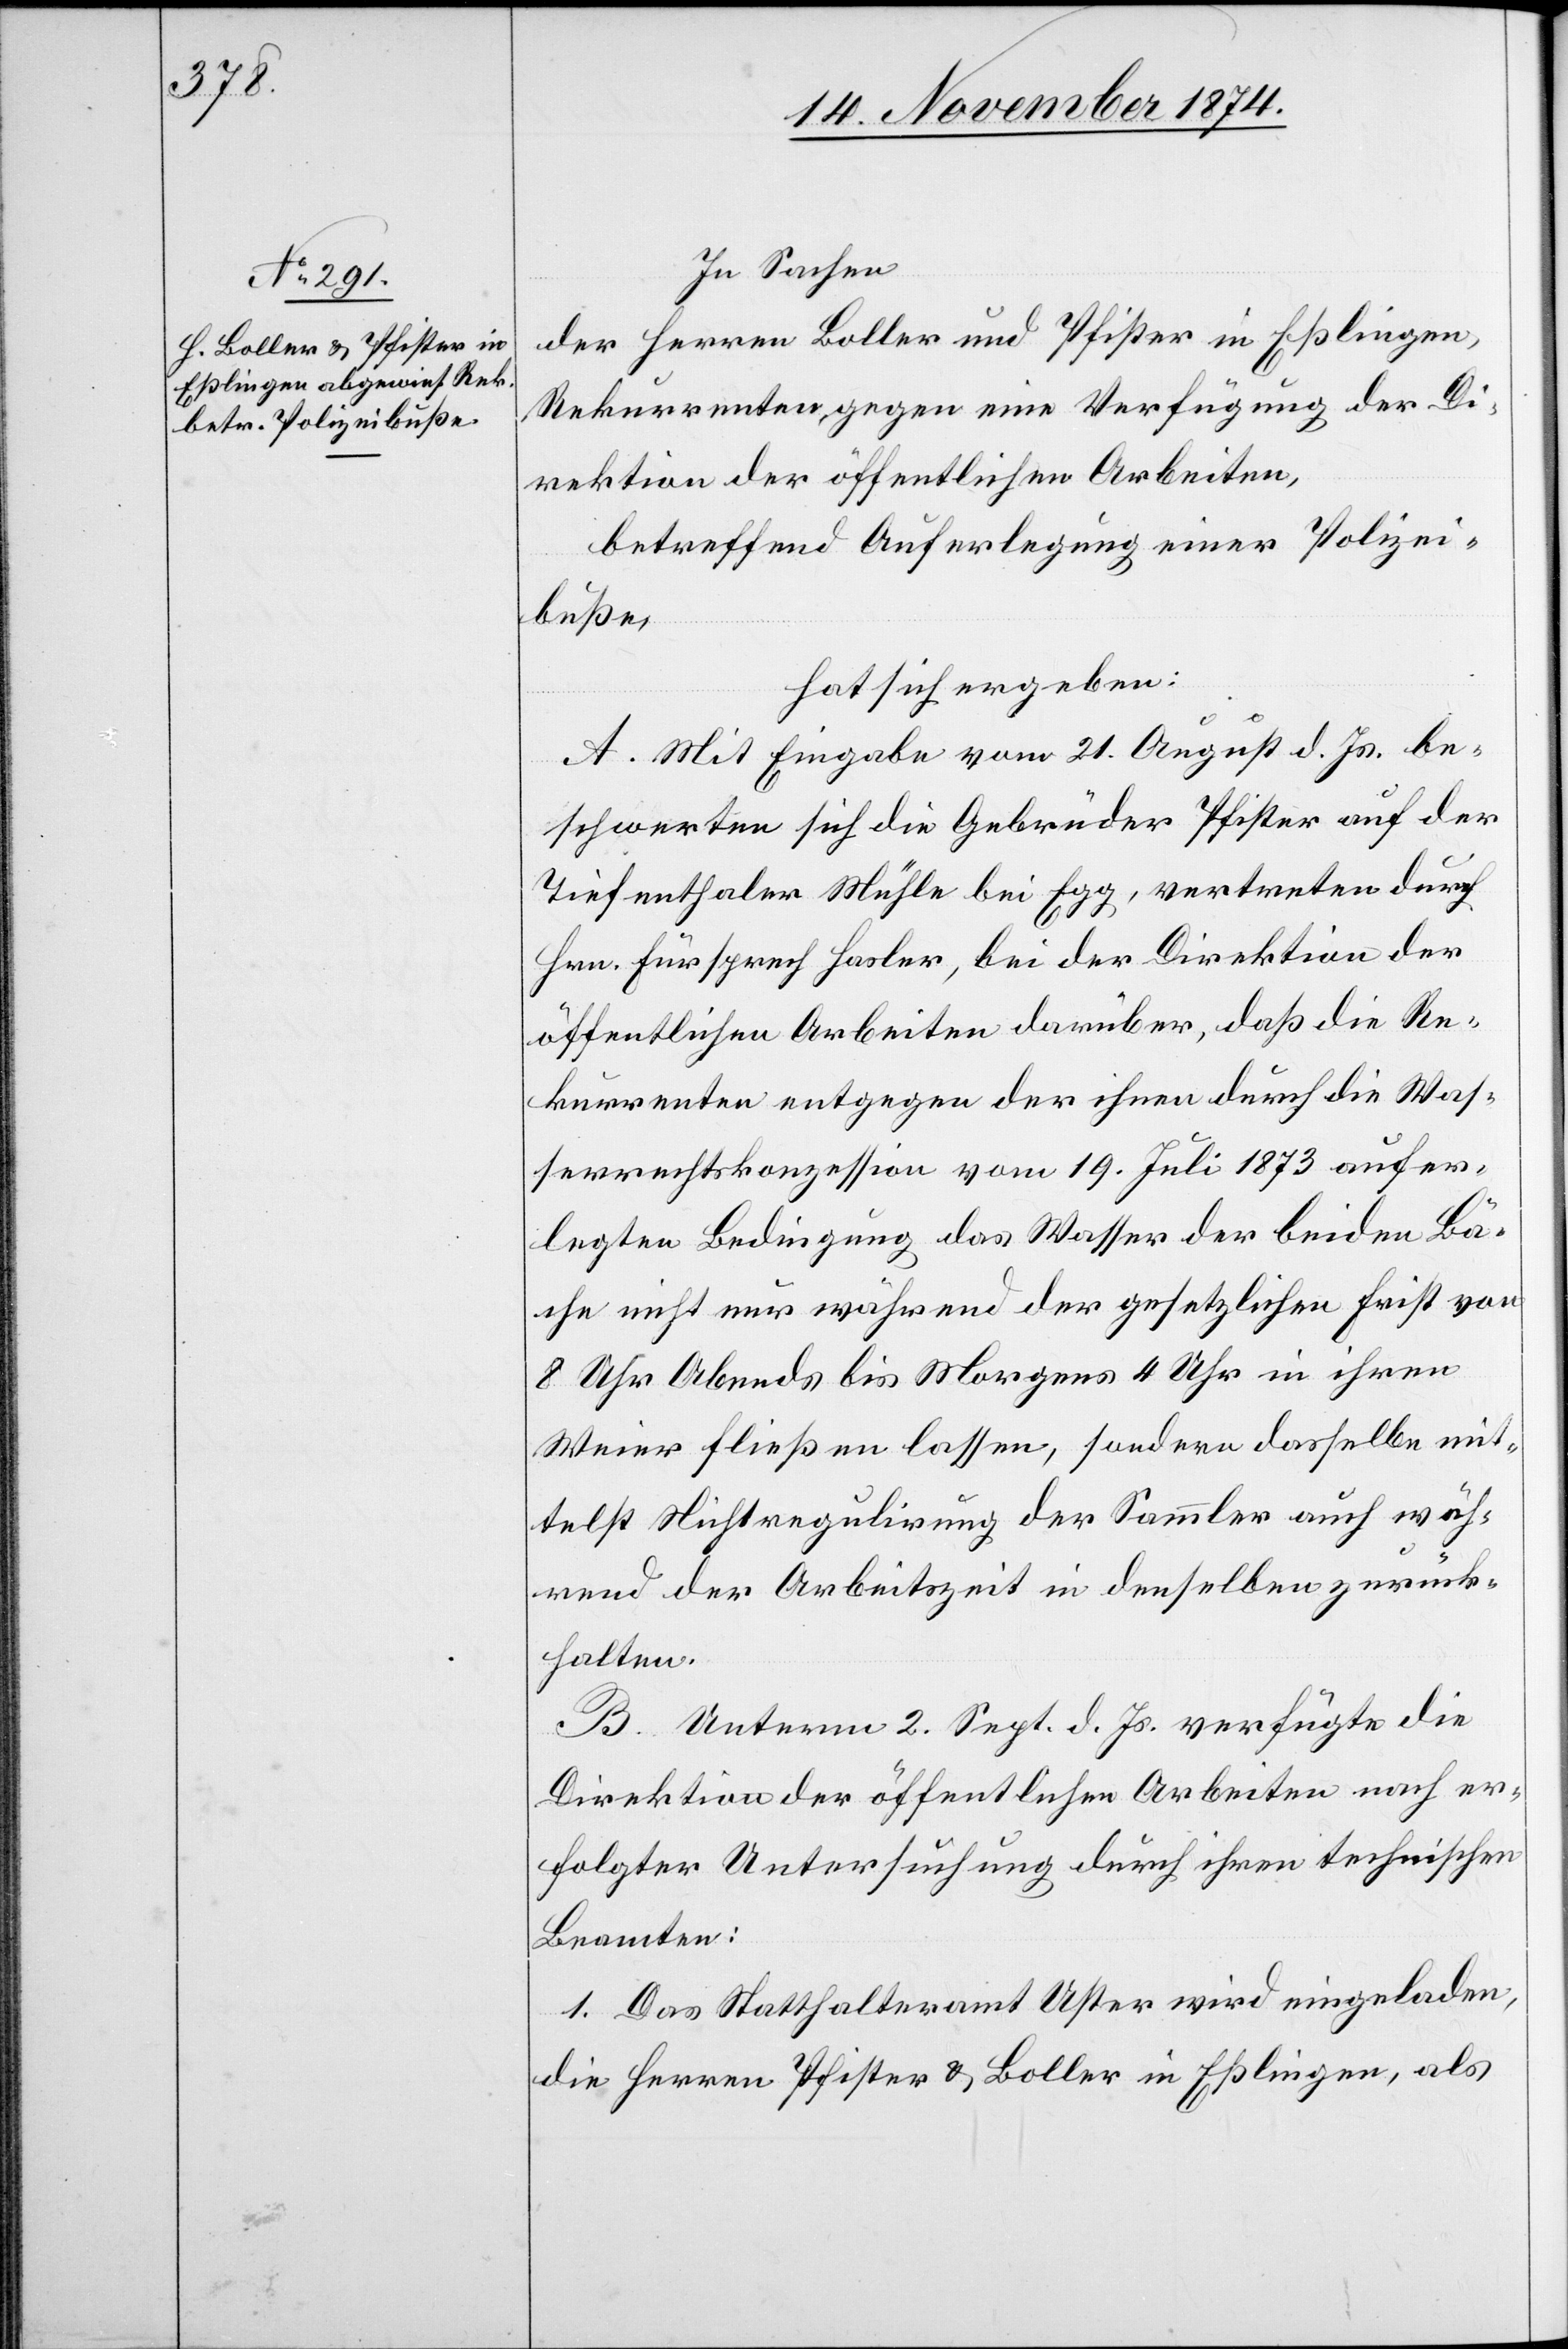
In Sachen
der Herren Boller und Pfister in Eßlingen,
Rekurrenten, gegen eine Verfügung der Di¬
rektion der öffentlichen Arbeiten,
betreffend Auferlegung einer Polizei¬
buße,
hat sich ergeben:
A. Mit Eingabe vom 21. August d. Js. be¬
schwerten sich die Gebrüder Pfister auf der
Tiefenthaler Mühle bei Egg, vertreten durch
Hrn. Fürsprech Hasler, bei der Direktion der
öffentlichen Arbeiten darüber, daß die Re¬
kurrenten entgegen der ihnen durch die Was¬
serrechtskonzession vom 19. Juli 1873 aufer¬
legten Bedingung das Wasser der beiden Bä¬
che nicht nur während der gesetzlichen Frist von
8 Uhr Abends bis Morgens 4 Uhr in ihren
Weier fließen lassen, sondern dasselbe mit¬
telst Nichtregulirung der Sammler auch wäh¬
rend der Arbeitszeit in denselben zurück¬
halten.
B. Unterm 2. Sept. d. Js. verfügte die
Direktion der öffentlichen Arbeiten nach er¬
folgter Untersuchung durch ihren technischen
Beamten:
1. Das Statthalteramt Uster wird eingeladen,
die Herren Pfister & Boller in Eßlingen, als